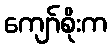
ကျော်စိုးက